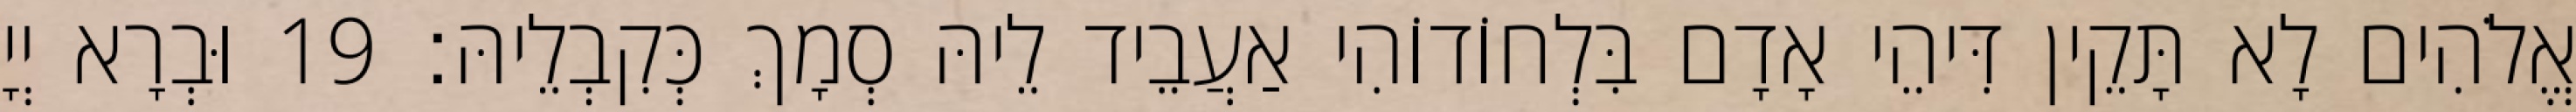
אֱלֹהִים לָא תָּקֵין דִּיהֵי אָדָם בִּלְחוֹדוֹהִי אַעֲבֵיד לֵיהּ סְמָךְ כְּקִבְלֵיהּ׃ 19 וּבְרָא יְיָ